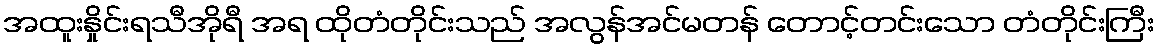
အထူးနှိုင်းရသီအိုရီ အရ ထိုတံတိုင်းသည် အလွန်အင်မတန် တောင့်တင်းသော တံတိုင်းကြီး